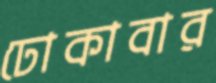
ঢোকাবার